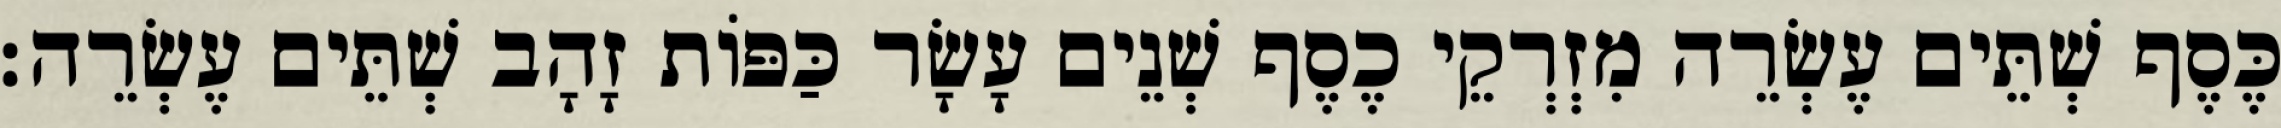
כֶּסֶף שְׁתֵּים עֶשְׂרֵה מִזְרְקֵי כֶסֶף שְׁנֵים עָשָׂר כַּפּוֹת זָהָב שְׁתֵּים עֶשְׂרֵה׃